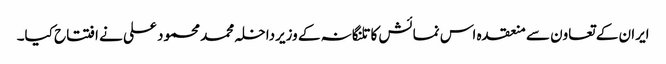
ایران کے تعاون سے منعقدہ اس نمائش کا تلنگانہ کے وزیرداخلہ محمد محمود علی نے افتتاح کیا۔